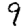
Digit: 9